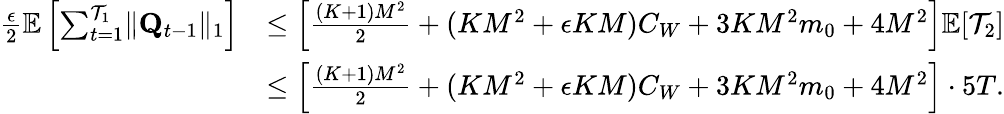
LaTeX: \begin{array}{rl}{\frac\epsilon 2\mathbb E\left[\sum_{t=1}^{\mathcal T_{1}}\lVert\mathbf Q_{t-1}\rVert_{1}\right]}&{\le\left[\frac{(K+1)M^{2}}2+(KM^{2}+\epsilon KM)C_{W}+3KM^{2}m_{0}+4M^{2}\right]\mathbb E[\mathcal T_{2}]}\\ &{\le\left[\frac{(K+1)M^{2}}2+(KM^{2}+\epsilon KM)C_{W}+3KM^{2}m_{0}+4M^{2}\right]\cdot 5T.}\end{array}